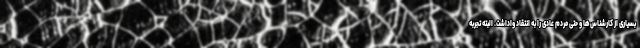
بسیاری از کارشناس‌ها و حتی مردم عادی را به انتقاد واداشت. البته تجربه